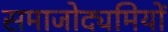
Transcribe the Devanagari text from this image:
समाजोद्यमियों